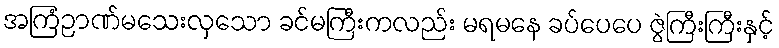
အကြံဉာဏ်မသေးလှသော ခင်မကြီးကလည်း မရမနေ ခပ်ပေပေ ဇွဲကြီးကြီးနှင့်